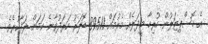
އެ ހޮސްޕިޓަލުން ހުރިހާ މީދަލެއް މެރުމައް 89511 ޑޮލަރު ހަރަދުވާނެ ކަމަށް ލަފާކުރެވެ